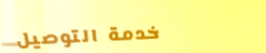
خدمة التوصيل